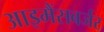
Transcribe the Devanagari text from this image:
आइमैंसबर्जर